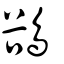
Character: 鵒